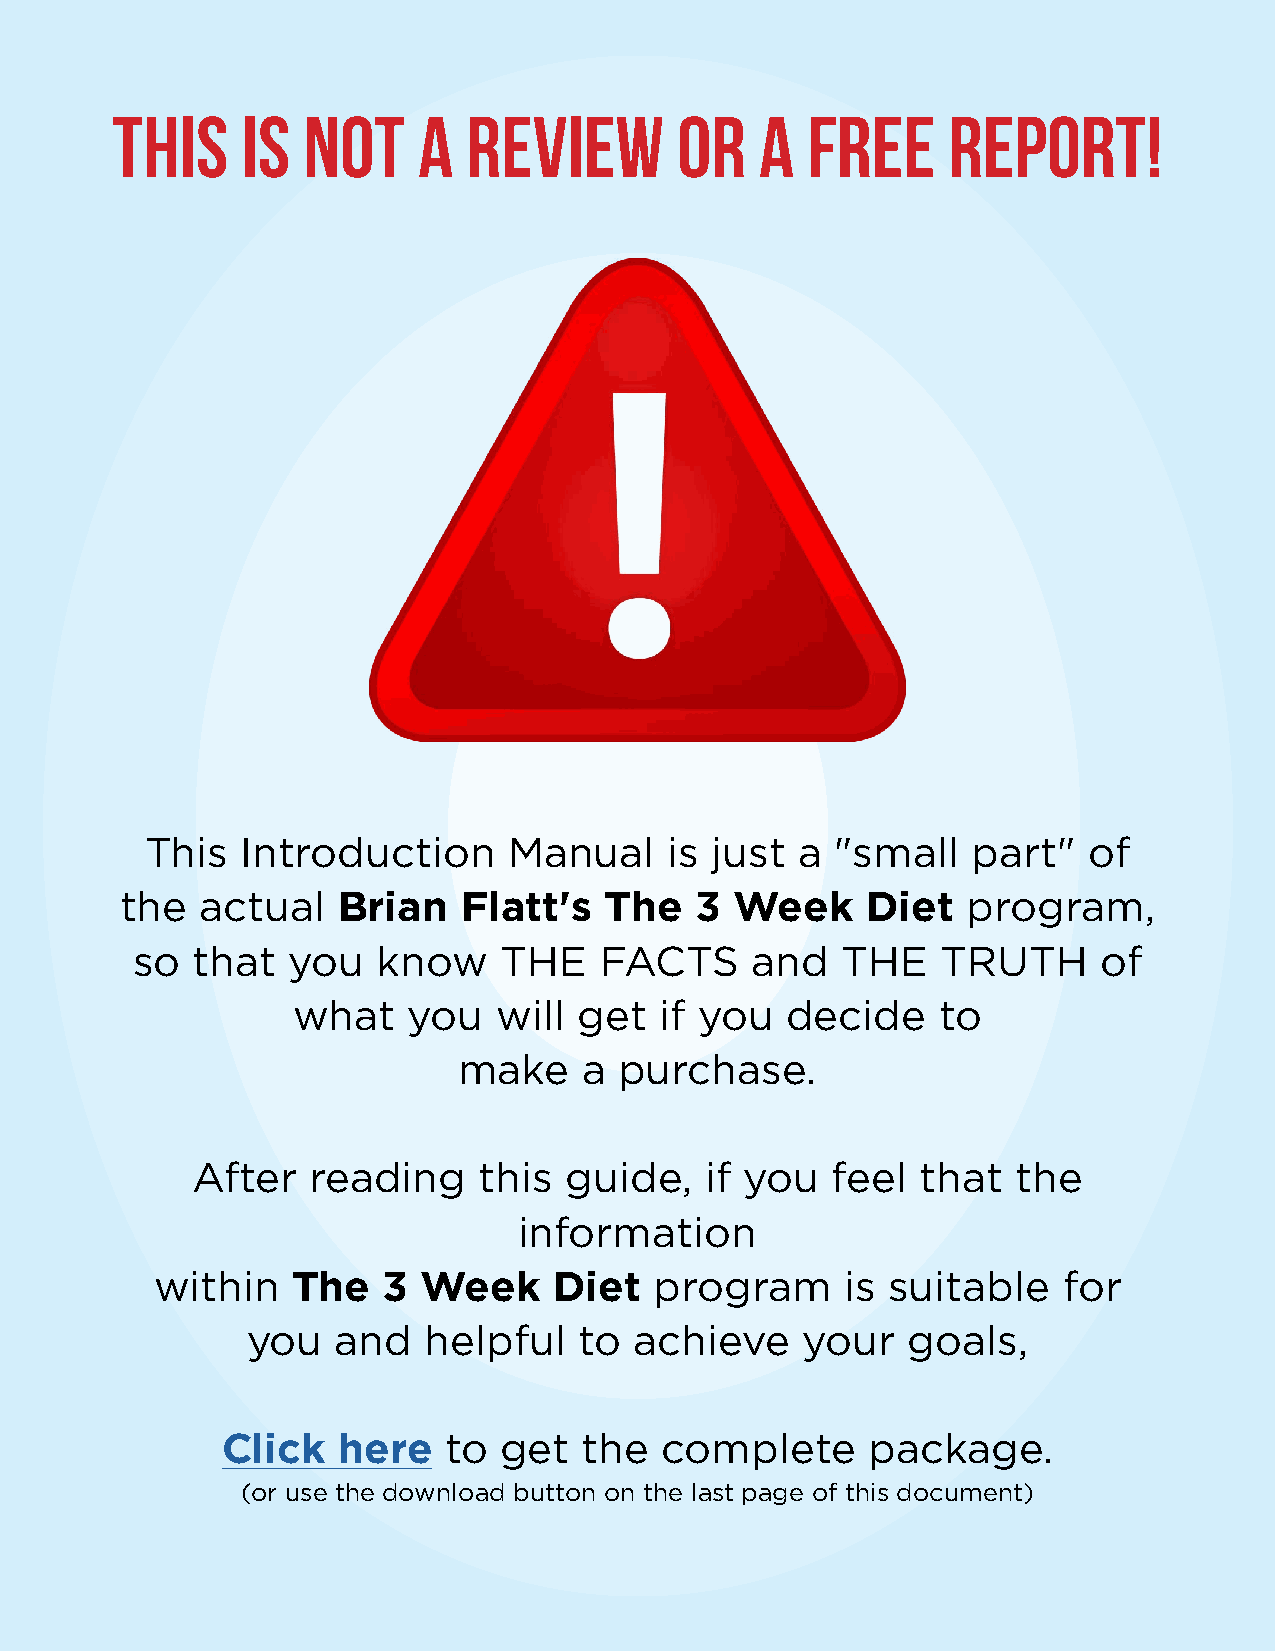
This     is  Not     a  Review        Or   a  Free      Report!
 This  Introduction      Manual    is just  a "small   part"   of
 the  actual   Brian    Flatt's  The   3  Week    Diet   program,
 so  that  you   know    THE    FACTS     and   THE   TRUTH      of
 what    you   will get   if you  decide    to
 make     a purchase.
 After   reading    this guide,    if you  feel  that  the
 information
 within   The   3  Week     Diet  program      is suitable   for
 you   and   helpful   to  achieve    your   goals,
 Click  here   to  get   the  complete     package.
 (or use the download button on the last page of this document)
 The 3 Week Diet - Introduction Manual | 04